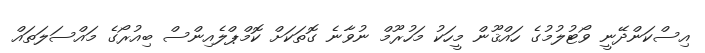
އިސްކަންދޭނީ ވޯޓުލުމުގެ ހައްޤޫން މީހަކު މަހުރޫމް ނުވާނެ ގޮތަކަށް ކޮމްޕްލެއިންސް ބިއުރޯގެ މައްސަލަތައް